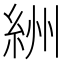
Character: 絒